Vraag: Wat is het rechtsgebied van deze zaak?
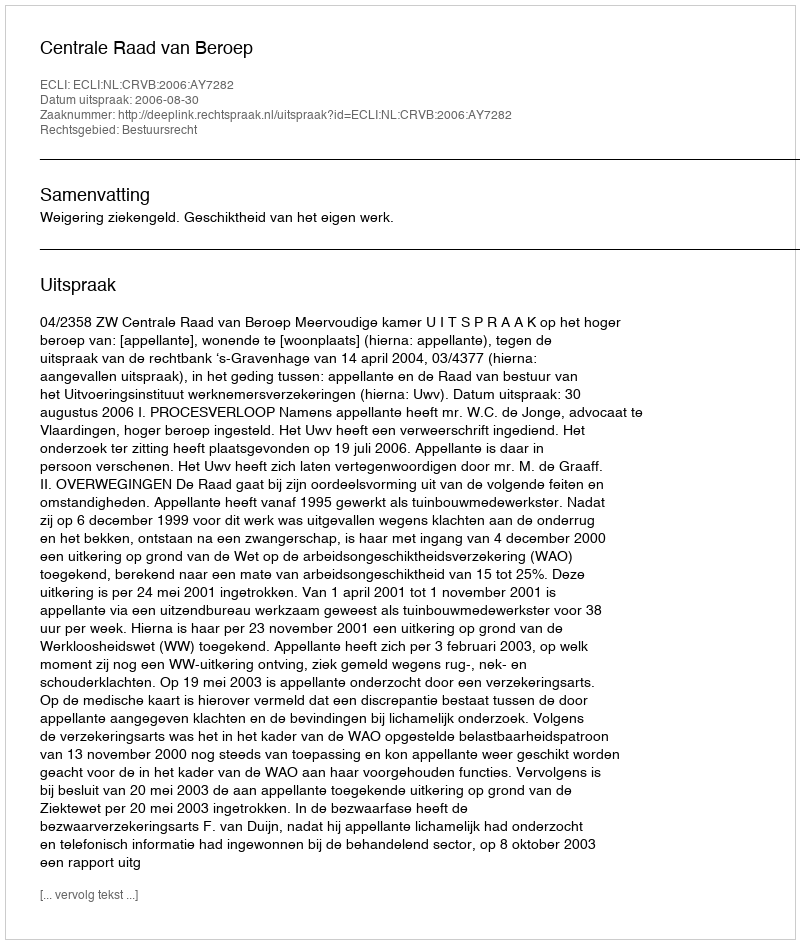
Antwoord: Bestuursrecht